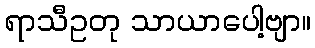
ရာသီဥတု သာယာပေါ့ဗျာ။